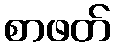
စာဖတ်